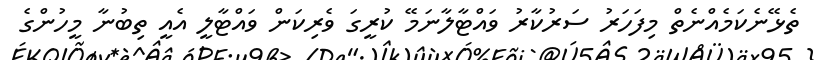
ތެޅޭނެކަމެއްނެތް މިފަހަރު ސަރުކާރު ވައްޓާލާނަމޭ ކުރީގަ ވެރިކަން ވައްޓާލީ އެއީ ތިބުނާ މީހުންގެ